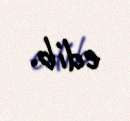
edib.